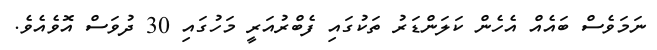
ނަމަވެސް ބައެއް އެހެން ކަލަންޑަރު ތަކުގައި ފެބްރުއަރީ މަހުގައި 30 ދުވަސް އޮވެއެވެ.